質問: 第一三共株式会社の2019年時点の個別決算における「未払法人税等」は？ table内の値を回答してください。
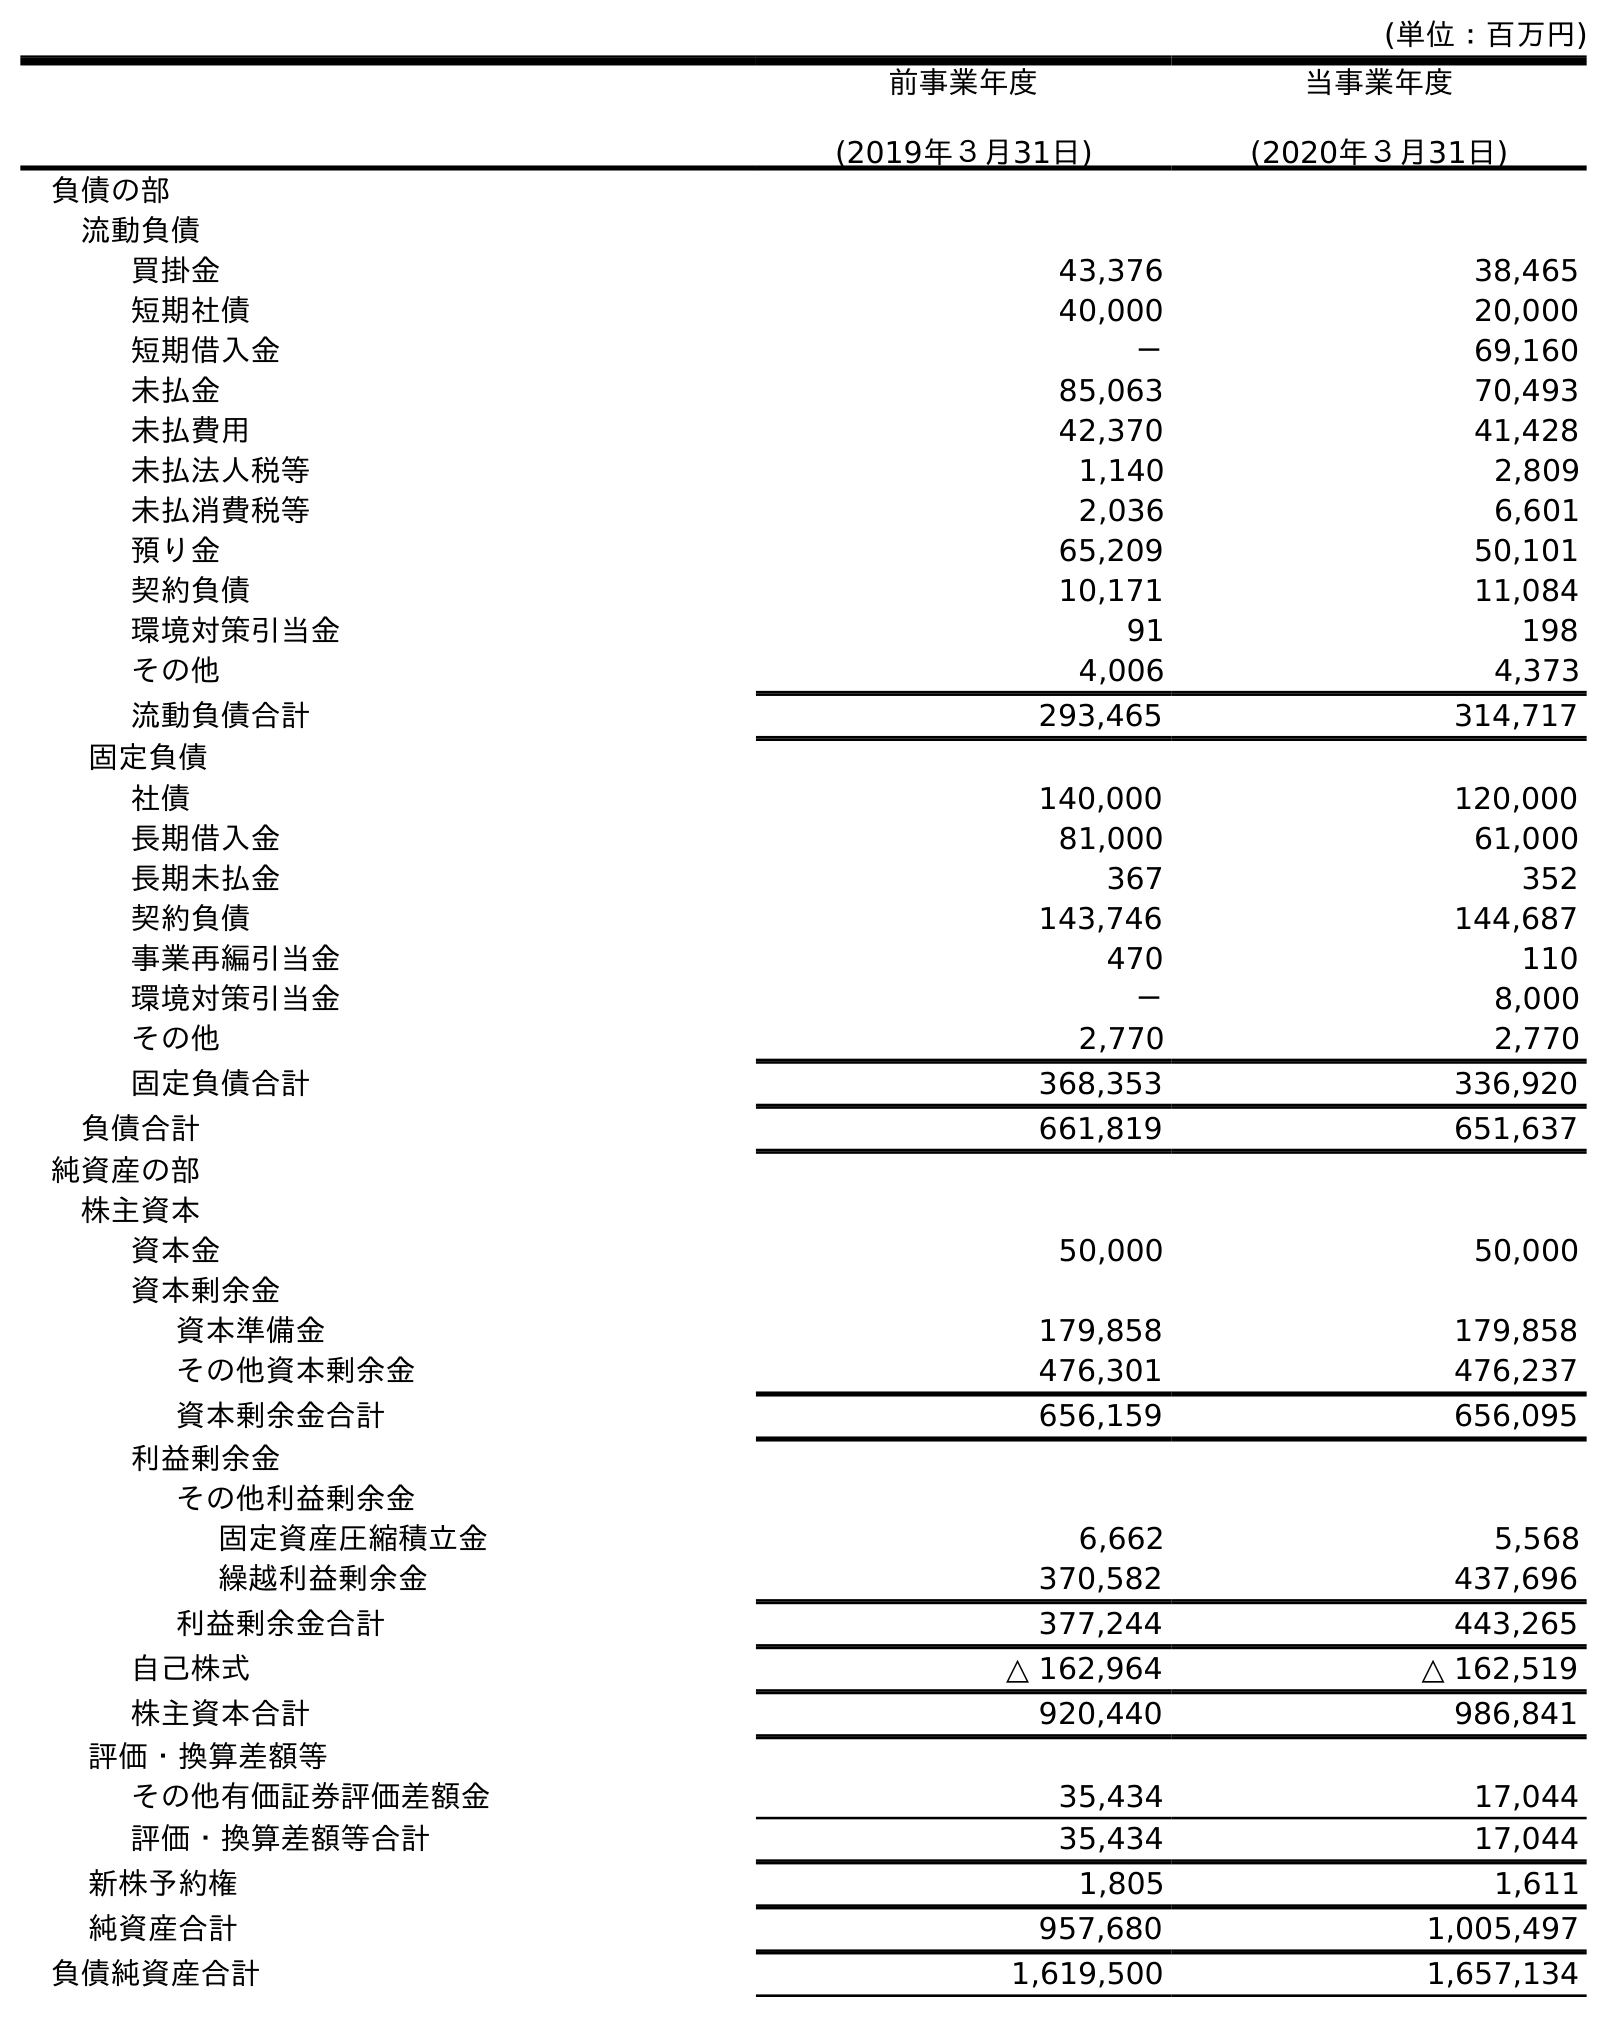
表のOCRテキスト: (単位：百万円) 前事業年度 (2019年３月31日) 当事業年度 (2020年３月31日) 負債の部 流動負債 買掛金 43,376 38,465 短期社債 40,000 20,000 短期借入金 － 69,160 未払金 85,063 70,493 未払費用 42,370 41,428 未払法人税等 1,140 2,809 未払消費税等 2,036 6,601 預り金 65,209 50,101 契約負債 10,171 11,084 環境対策引当金 91 198 その他 4,006 4,373 流動負債合計 293,465 314,717 固定負債 社債 140,000 120,000 長期借入金 81,000 61,000 長期未払金 367 352 契約負債 143,746 144,687 事業再編引当金 470 110 環境対策引当金 － 8,000 その他 2,770 2,770 固定負債合計 368,353 336,920 負債合計 661,819 651,637 純資産の部 株主資本 資本金 50,000 50,000 資本剰余金 資本準備金 179,858 179,858 その他資本剰余金 476,301 476,237 資本剰余金合計 656,159 656,095 利益剰余金 その他利益剰余金 固定資産圧縮積立金 6,662 5,568 繰越利益剰余金 370,582 437,696 利益剰余金合計 377,244 443,265 自己株式 △ 162,964 △ 162,519 株主資本合計 920,440 986,841 評価・換算差額等 その他有価証券評価差額金 35,434 17,044 評価・換算差額等合計 35,434 17,044 新株予約権 1,805 1,611 純資産合計 957,680 1,005,497 負債純資産合計 1,619,500 1,657,134
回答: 1,140